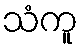
သံကူ